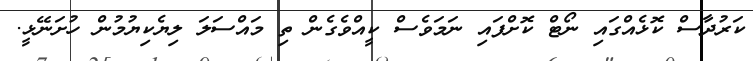
ކަރުދާސް ކޮޅެއްގައި ނޯޓް ކޮށްފައި ނަމަވެސް ކީއްވެގެން ތި މައްސަލަ ލިޔެކިޔުމުން ހުށަނޭޅީ.